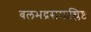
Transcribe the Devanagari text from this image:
बलभद्रसमाश्लिष्टः